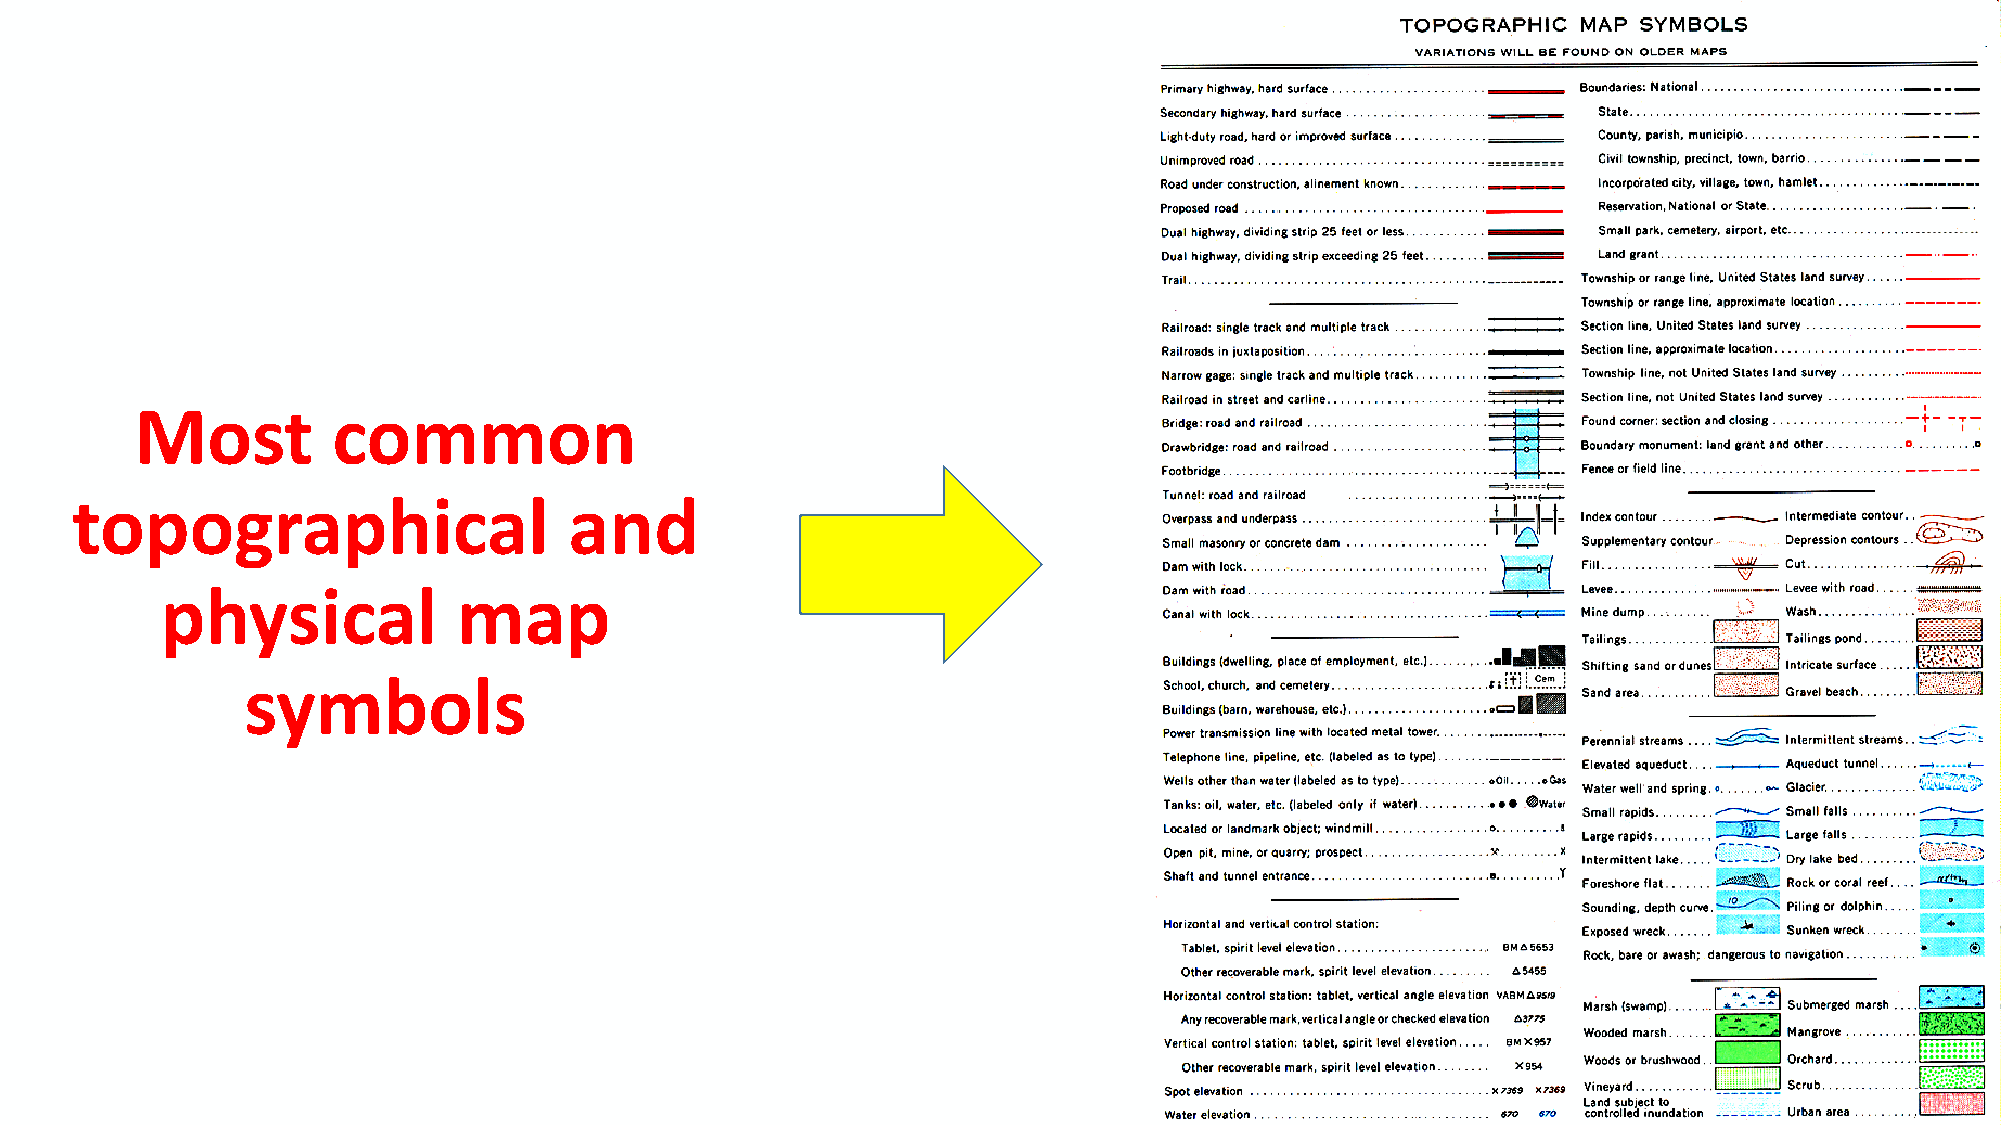
Most         common
 topographical                    and
 physical           map
 symbols